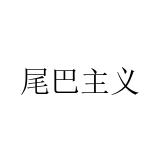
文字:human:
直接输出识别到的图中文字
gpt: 尾巴主义